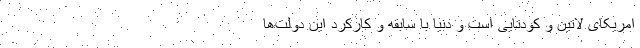
امریکای لاتین و کودتایی است و دنیا با سابقه و کارکرد این دولت‌ها